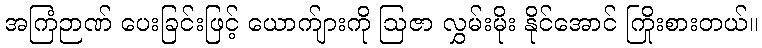
အကြံဉာဏ် ပေးခြင်းဖြင့် ယောက်ျားကို ဩဇာ လွှမ်းမိုး နိုင်အောင် ကြိုးစားတယ်။